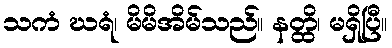
သကံ ဃရံ၊ မိမိအိမ်သည်။ နတ္ထိ၊ မရှိပြီ။